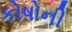
કોષોની